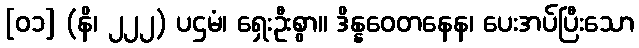
[၀၁] (နိ၊ ၂၂၂) ပဌမံ၊ ရှေးဦးစွာ။ ဒိန္နဝေတနေန၊ ပေးအပ်ပြီးသော